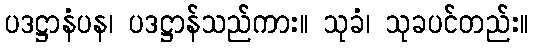
ပဒဋ္ဌာနံပန၊ ပဒဋ္ဌာန်သည်ကား။ သုခံ၊ သုခပင်တည်း။